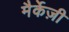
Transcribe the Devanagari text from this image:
मैर्केज़ी